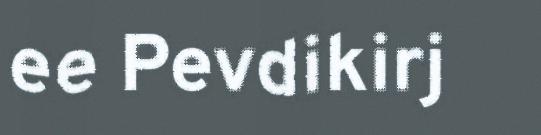
ee Pevdikirj